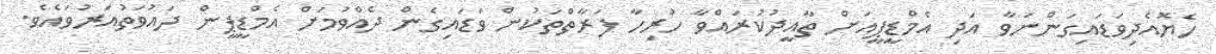
ހެޔޮއެދިވަޑައިގަންނަވާ އަދި އެމްޑީޕީއަށް ތާއީދުކުރައްވާ ހުރިހާ ފަރާތްތަކުން ވަޑައިގެން ދެއްވުމަށް އެމްޑީޕީން ދައުވަތުއަރުވައެވެ.